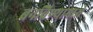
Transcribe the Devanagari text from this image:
बनविण्यामध्ये